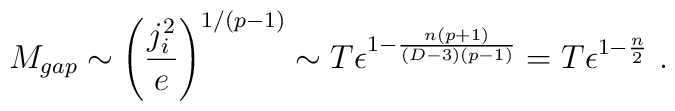
M_{gap}\sim \left({j_i^2\over e}\right)^{1/(p-1)}\sim T \epsilon^{1-{n(p+1) \over (D-3)(p-1)}}=T\epsilon^{1-{n\over 2}}\ .